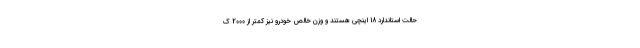
حالت استاندارد 18 اینچی هستند و وزن خالص خودرو نیز کمتر از 2000 ک